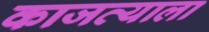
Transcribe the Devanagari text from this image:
काजव्याला